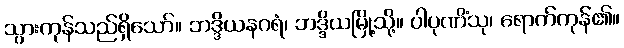
သွားကုန်သည်ရှိသော်။ ဘဒ္ဒိယနဂရံ၊ ဘဒ္ဒိယမြို့သို့။ ပါပုဏိံသု၊ ရောက်ကုန်၏။